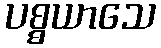
ပစ္စယာသေ